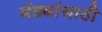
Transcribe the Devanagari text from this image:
मेंढ्यांसाठी